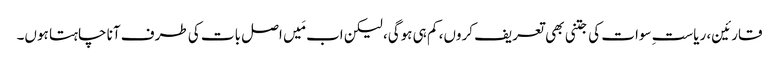
قارئین، ریاستِ سوات کی جتنی بھی تعریف کروں، کم ہی ہوگی، لیکن اب مَیں اصل بات کی طرف آنا چاہتا ہوں۔